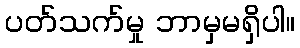
ပတ်သက်မှု ဘာမှမရှိပါ။